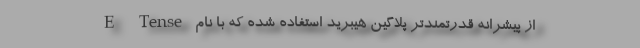
از پیشرانه قدرتمندتر پلاگین هیبرید استفاده شده که با نام E-Tense